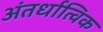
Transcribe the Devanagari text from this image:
अंतर्धात्विक